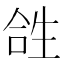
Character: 𤯤